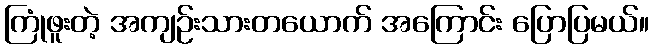
ကြုံဖူးတဲ့ အကျဉ်းသားတယောက် အကြောင်း ပြောပြမယ်။